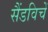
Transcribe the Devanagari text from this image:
सैंडविचें